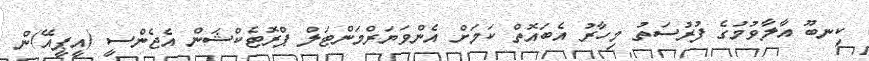
ކިނބޫ އާލާވުމުގެ ފުރުސަތު މިހާރު އެބައޮތް ކަމަށް އެންވަޔަރްމަންޓަލް ޕްރޮޓެކްޝަން އެޖެންސީ (އީޕީއޭ)ން